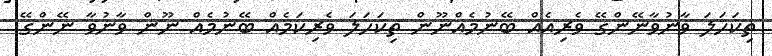
ތިކަހަލަ ވާނުވާނޭންގޭ ވެރިއެއް ބޭނުމެއްނޫން ތިކަހަލަ ވެރިކަމެއް ބޭނުމެއް ނޫން ވާނުވާ ނޭންގޭ